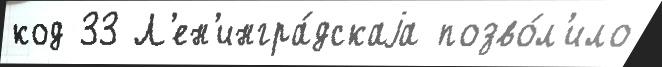
код 33 Л'ен'ингра́дскаjа позво́л'ило